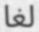
لغا